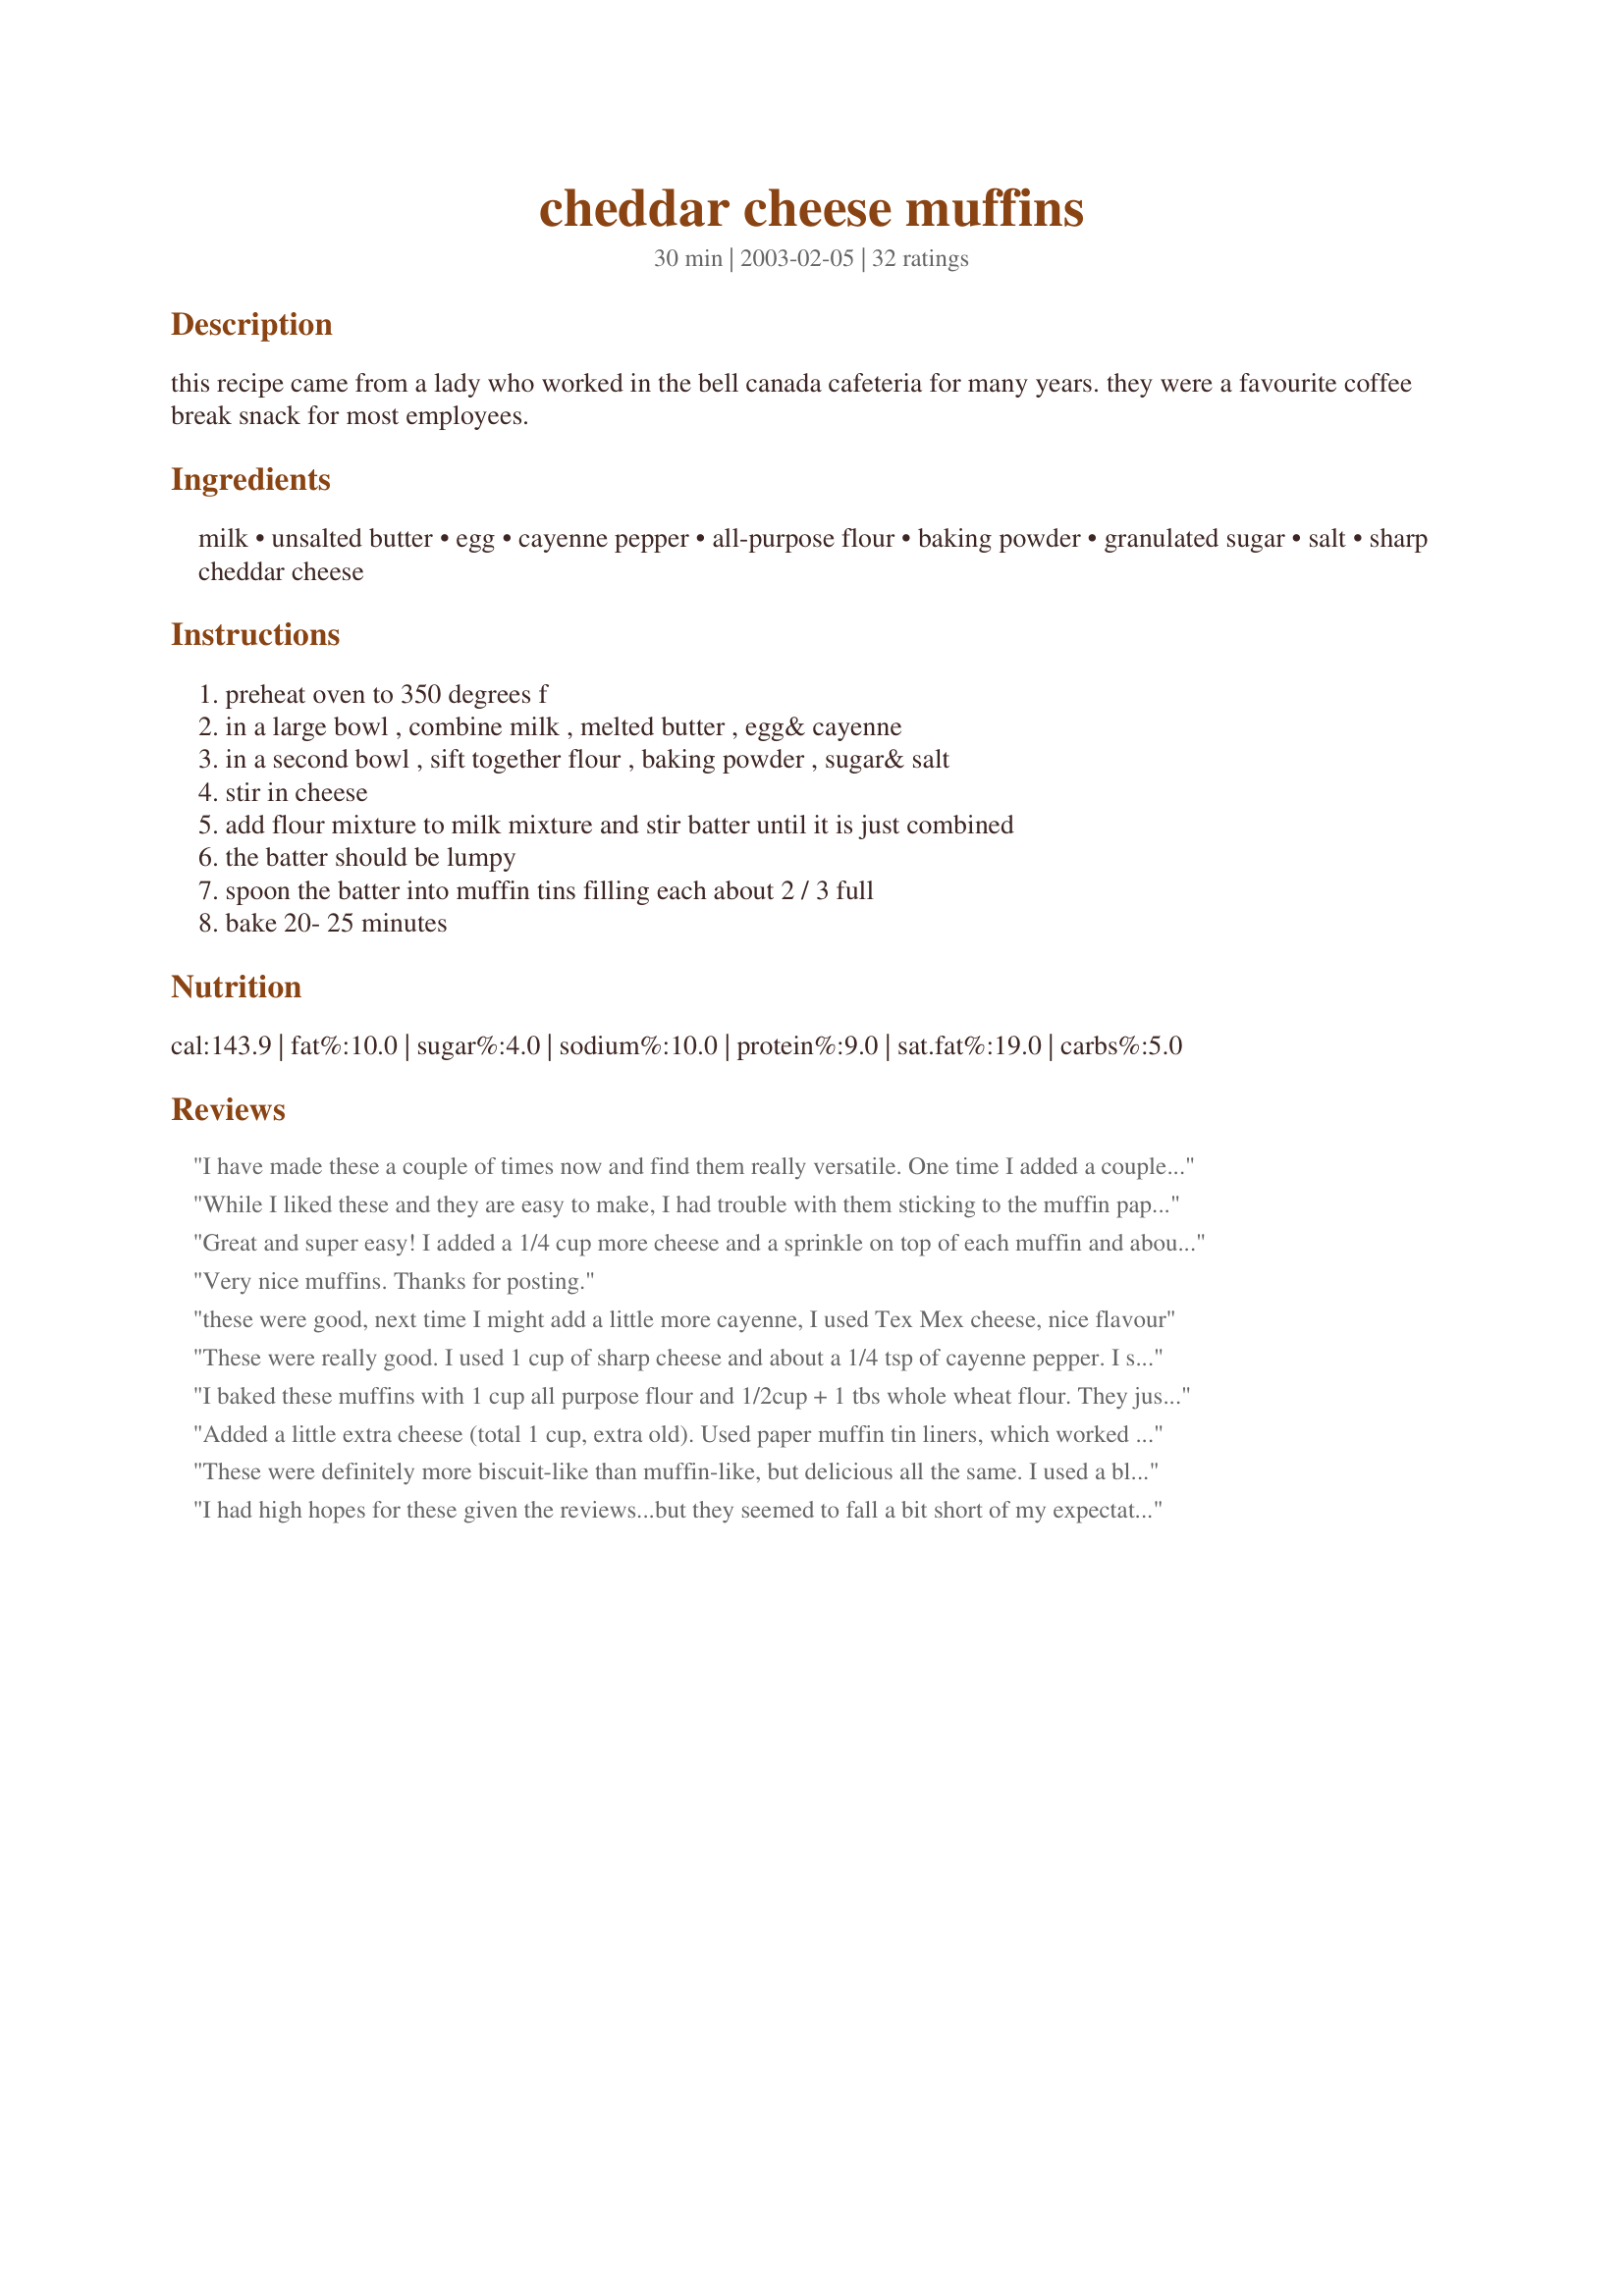
cheddar cheese muffins
Preparation time: 30 minutes

this recipe came from a lady who worked in the bell canada cafeteria for many years. they were a favourite coffee break snack for most employees.

Ingredients:
milk, unsalted butter, egg, cayenne pepper, all-purpose flour, baking powder, granulated sugar, salt, sharp cheddar cheese

Steps:
preheat oven to 350 degrees f, in a large bowl , combine milk , melted butter , egg& cayenne, in a second bowl , sift together flour , baking powder , sugar& salt, stir in cheese, add flour mixture to milk mixture and stir batter until it is just combined, the batter should be lumpy, spoon the batter into muffin tins filling each about 2 / 3 full, bake 20- 25 minutes

Reviews:
I have made these a couple of times now and find them really versatile. One time I added a couple of dessert spoons of corn relish and a little chopped ham. The next time I made them, I used the relish again, but also pushed a small teaspoon of cream cheese into the centre of each muffin before cooking. Yum!
While I liked these and they are easy to make, I had trouble with them sticking to the muffin paper liners.
Great and super easy! I added a 1/4 cup more cheese and a sprinkle on top of each muffin and about a teaspoon or so of garlic. The flavor reminds me of Red Lobster&#039;s cheddar Bay biscuits.
Very nice muffins. Thanks for posting.
these were good, next time I might add a little more cayenne, I used Tex Mex cheese, nice flavour
These were really good. I used 1 cup of sharp cheese and about a 1/4 tsp of cayenne pepper. I served them with chili and they were perfect. Very quick and easy to make.
I baked these muffins with 1 cup all purpose flour and 1/2cup + 1 tbs whole wheat flour. They just tasted great! This is my favorite cheddar cheese recipe.
Added a little extra cheese (total 1 cup, extra old). Used paper muffin tin liners, which worked well. Great recipe, thanks!
These were definitely more biscuit-like than muffin-like, but delicious all the same. I used a blend of cheddar and smoked Gouda and added enough milk to make the batter resemble the consistency of muffin batter. Baked for 24 minutes at 350 and served then with butter. SO GOOD!
I had high hopes for these given the reviews...but they seemed to fall a bit short of my expectations. To be fair, I used mild shredded cheddar and think they may have benefitted from a coarser shredded sharp cheddar. I baked for 20 minutes at 350 and they came out golden and springy- texture was fantastic and taste was good, just couldn't really taste the cheese, which is what I was looking for in a "cheddar cheese muffin". I will try again with sharp cheddar cheese.
Best ever baking powder biscuits. First time I ever made baking powder muffins that were fluffy (instead of my usual hockey puck biscuits). I added a little green onion. This recipe is easy, everything you need is normally stocked in the kitchen and the muffins turned out perfect. Great recipe!
these look yummy can&#039;t wait to try!!!!
I substituted gluten free flour and the recommended amount of xantham gum, and these were amazing! Went great with a beef stew.
I was looking for a good savory muffin recipe to do some creative playing around with and these were just what I was looking for. Delicious! I appreciate that there was a little sweetness and the texture was beautiful. <br/><br/>I substituted olive oil for the melted butter; then added a few things to give them more depth of flavor: one rounded tablespoon fresh minced chives, 1/2 teaspoon garlic powder, and a dash of paprika. The aroma was lovely and they were greatly enjoyed! Thank you so much for sharing your wonderful recipe. Am looking forward to trying them with some dill and different cheeses. :)
Very easy, would be very adaptable to the ingredients you had on hand. I used strong cheddar cheese and some cubed ham. Good hot, good cold. Would be great on a picnic and easy to carry.
Yummy! I used 5 year old white cheddar and added fresh chives. Next time I will try adding some cooked ham! I think I will try more cayenne as well. Thank you for posting! I will make these again and again :)
Excellent. Removed sugar add salt and had the oven a little hotter.
Quick and easy to make.
i made these for my husband and we both loved them...i had more cheese and baked at 350deg. for 22 mins. perfect!
Excellent recipe. I reserved half the batter and added chopped pickled jalape&ntilde;os to differentiate half the batch. The muffins were delicious, especially with savory jams.
These were really good. We added some additional cheese and a pinch of dry mustard. They were exactly like Red Lobster's Cheddar Bay Biscuits. Same flavor and texture. I am giving 4 stars, because I felt they were more biscuit-like than muffin like. Really good.....but I was looking for muffins., not biscuits in a muffin shape. If these were called "Red Lobster Biscuits" or something like that, it would have been 5 stars.
I love this recipe. I accidentally omitted the sugar and added an extra pinch or two of salt, and they tasted savory and delicious. Thanks for this simple crowd pleaser!:)
Great. Fluffy inside cryispy on top. Can't wait to give them to kids
These are very nice! resembles more of a tea biscuit than a muffin but i figured that anyway! added some chili powder and a bit more cayenne per other people's comments. I had one right out of the oven (i can never resist) but have to say that they are best when they have completely cooled down and have "rested". Thanks for the recipe :)
These were awesome, thanks for sharing.
These were Fabulous! Easy to prepare and quick to eat. :)
Thanks for sharing the recipe!
Do I really need 1 tablespoon baking powder? Isn't it too much? :O
I made these yesterday and they really turn out very well. Followed the recipe to a T and it was yummy!! Moist and oh so gorgeous looking too. It was easy and I had no trouble at all.. mind you i&#039;m not a very good cook! Thanks for sharing :D
I made these to go with a baked chicken and they were wonderful. We ate them just as well left over as we did when they were fresh out of the oven. The only thing I will do different next time is add a little more cheese, or maybe do a cheese blend.
Delicious! Such an easy recipe - they went together and baked up in no time. 22 min was perfect for my oven. I used extra-old white cheddar cheese and was very happy with the flavour. We dunked ours in chili. Thank you, CL, for sharing!
I was all out of bread but wanted something to serve with my spaghetti dinner so I whipped some of these up. Very moist and light! I think they could be improved with a little more flavor...maybe some additional cayenne or maybe even some garlic. I only ended up with 10 muffins but that was plenty for us. Thanks for sharing CountryLady!
Great! I made 1/2 via the recipe and added caraway and dried hot pepper flakes to the second half. Next time, I'll add chopped ham, onion, and a dollop of mustard for a great breakfast muffin!
i made these for my kid brothers when they were over for the weekend. 5 stars from them! the only 'difficult' thing was grating the cheese. i didn't have a grater, so i diced them into tiny little cubes. i only have 3/4 cup of milk so i used 1/4 cup of water. results - 6 very tender muffins, 1 small loaf. thanks!
